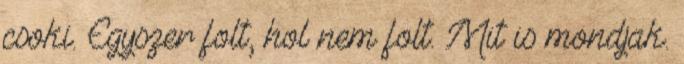
csoki. Egyszer folt, hol nem folt. Mit is mondjak.